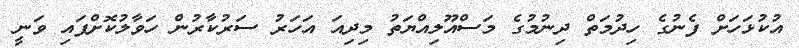
އުކުޅަހަށް ފެނުގެ ހިދުމަތް ދިނުމުގެ މަސްއޫލިއްޔަތު މިދިއަ އަހަރު ސަރުކާރުން ހަވާލުކޮށްފައި ވަނީ